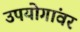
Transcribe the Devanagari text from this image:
उपयोगांवर